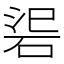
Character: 𥒟